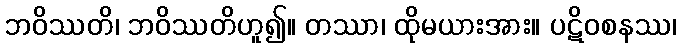
ဘဝိဿတိ၊ ဘဝိဿတိဟူ၍။ တဿာ၊ ထိုမယားအား။ ပဋိဝစနဿ၊